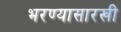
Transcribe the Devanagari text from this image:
भरण्यासारखी